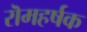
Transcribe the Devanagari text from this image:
रॊमहर्षक